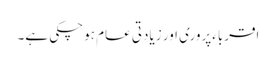
اقرباءپروری اور زیادتی عام ہوچکی ہے۔